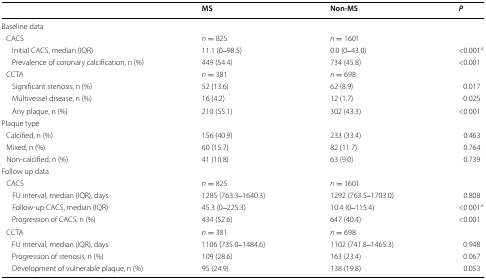
<table><thead><tr><td></td><td><b>MS</b></td><td><b>Non-MS</b></td><td><b><i>P</i></b></td></tr></thead><tbody><tr><td colspan="4">Baseline data</td></tr><tr><td> CACS</td><td><i>n</i> = 825</td><td><i>n</i> = 1601</td><td></td></tr><tr><td>Initial CACS, median (IQR)</td><td>11.1 (0‒98.5)</td><td>0.0 (0‒43.0)</td><td>&lt;0.001<sup>a</sup></td></tr><tr><td>Prevalence of coronary calcification, n (%)</td><td>449 (54.4)</td><td>734 (45.8)</td><td>&lt;0.001</td></tr><tr><td> CCTA</td><td><i>n</i> = 381</td><td><i>n</i> = 698</td><td></td></tr><tr><td>Significant stenosis, n (%)</td><td>52 (13.6)</td><td>62 (8.9)</td><td>0.017</td></tr><tr><td>Multivessel disease, n (%)</td><td>16 (4.2)</td><td>12 (1.7)</td><td>0.025</td></tr><tr><td>Any plaque, n (%)</td><td>210 (55.1)</td><td>302 (43.3)</td><td>&lt;0.001</td></tr><tr><td colspan="4">Plaque type</td></tr><tr><td> Calcified, n (%)</td><td>156 (40.9)</td><td>233 (33.4)</td><td>0.463</td></tr><tr><td> Mixed, n (%)</td><td>60 (15.7)</td><td>82 (11.7)</td><td>0.764</td></tr><tr><td> Non-calcified, n (%)</td><td>41 (10.8)</td><td>63 (9.0)</td><td>0.739</td></tr><tr><td colspan="4">Follow up data</td></tr><tr><td> CACS</td><td><i>n</i> = 825</td><td><i>n</i> = 1601</td><td></td></tr><tr><td>FU interval, median (IQR), days</td><td>1285 (763.3‒1640.3)</td><td>1292 (763.5‒1703.0)</td><td>0.808</td></tr><tr><td>Follow-up CACS, median (IQR)</td><td>45.3 (0‒225.3)</td><td>10.4 (0‒115.4)</td><td>&lt;0.001<sup>a</sup></td></tr><tr><td>Progression of CACS, n (%)</td><td>434 (52.6)</td><td>647 (40.4)</td><td>&lt;0.001</td></tr><tr><td> CCTA</td><td><i>n</i> = 381</td><td><i>n</i> = 698</td><td></td></tr><tr><td>FU interval, median (IQR), days</td><td>1106 (735.0‒1484.6)</td><td>1102 (741.8‒1465.3)</td><td>0.948</td></tr><tr><td>Progression of stenosis, n (%)</td><td>109 (28.6)</td><td>163 (23.4)</td><td>0.067</td></tr><tr><td>Development of vulnerable plaque, n (%)</td><td>95 (24.9)</td><td>138 (19.8)</td><td>0.053</td></tr></tbody></table>